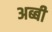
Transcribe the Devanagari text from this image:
अब्बी